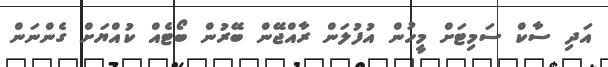
އަދި ސާކް ސަމިޓަށް މީހުން އުފުލަން ރާއްޖޭން ބޭރުން ބޯޓެއް ކުއްޔަށް ގެންނަން